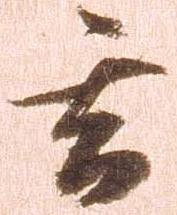
玄